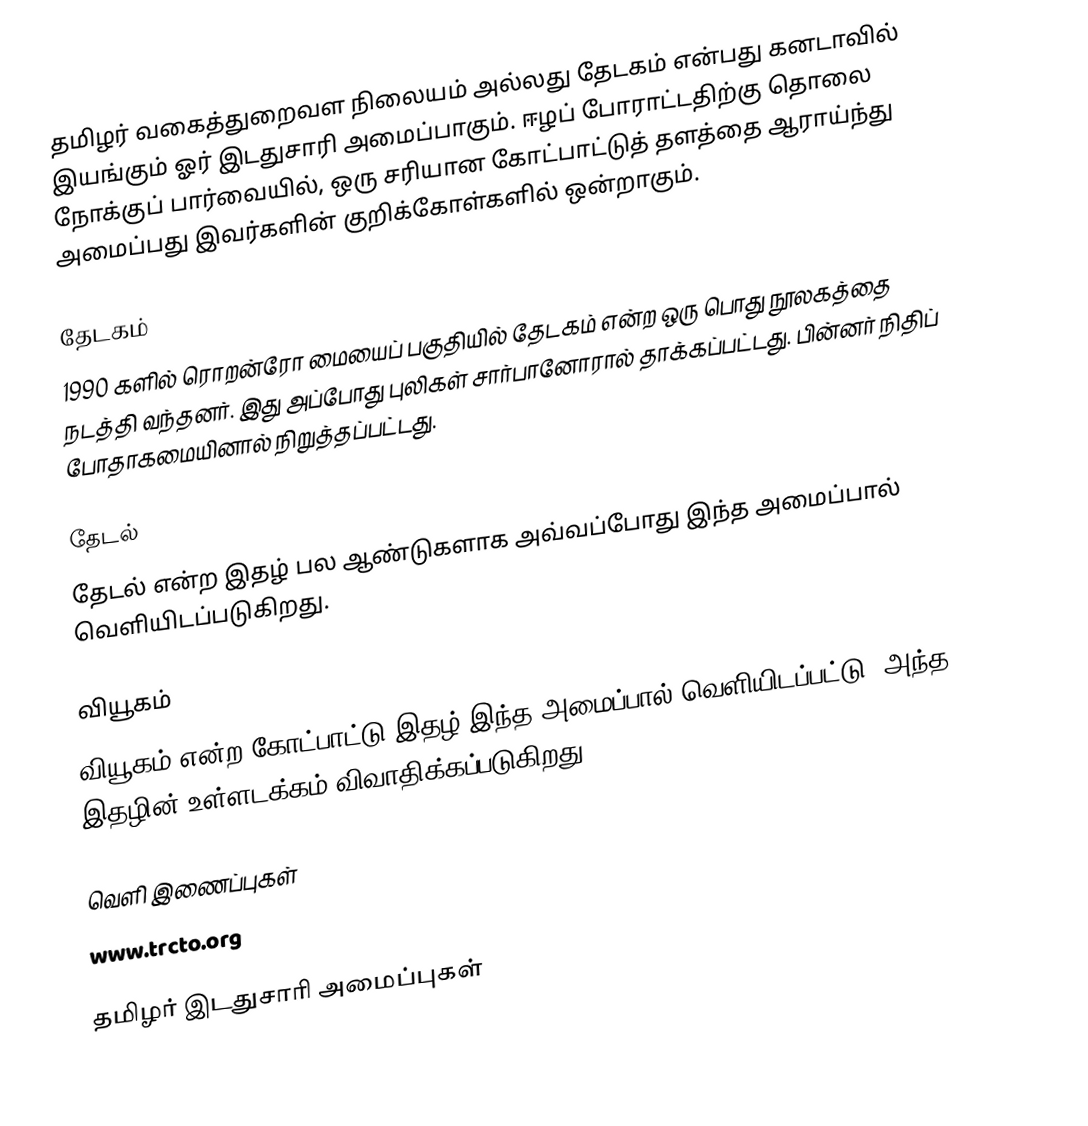
தமிழர் வகைத்துறைவள நிலையம் அல்லது தேடகம் என்பது கனடாவில் இயங்கும் ஓர் இடதுசாரி அமைப்பாகும்.  ஈழப் போராட்டதிற்கு தொலை நோக்குப் பார்வையில், ஒரு சரியான கோட்பாட்டுத் தளத்தை ஆராய்ந்து அமைப்பது இவர்களின் குறிக்கோள்களில் ஒன்றாகும்.

தேடகம்
1990 களில் ரொறன்ரோ மையைப் பகுதியில் தேடகம் என்ற ஒரு பொது நூலகத்தை நடத்தி வந்தனர்.  இது அப்போது புலிகள் சார்பானோரால் தாக்கப்பட்டது.  பின்னர் நிதிப் போதாகமையினால் நிறுத்தப்பட்டது.

தேடல்
தேடல் என்ற இதழ் பல ஆண்டுகளாக அவ்வப்போது இந்த அமைப்பால் வெளியிடப்படுகிறது.

வியூகம்
வியூகம் என்ற கோட்பாட்டு இதழ் இந்த அமைப்பால் வெளியிடப்பட்டு, அந்த இதழின் உள்ளடக்கம் விவாதிக்கப்படுகிறது.

வெளி இணைப்புகள்
 www.trcto.org

தமிழர் இடதுசாரி அமைப்புகள்